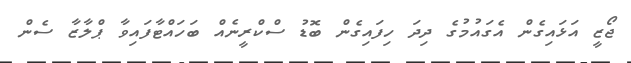
ޖޯޒީ އަޅައިގެން އެގައުމުގެ ދިދަ ހިފައިގެން ބޮޑު ސްކްރީނެއް ބަހައްޓާފައިވާ ޕްލާޒާ ސެން